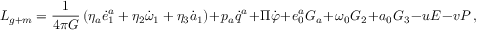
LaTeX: { \cal L } _ { g + m } = \frac { 1 } { 4 \pi G } \left( \eta _ { a } \dot { e } _ { 1 } ^ { a } + \eta _ { 2 } \dot { \omega } _ { 1 } + \eta _ { 3 } \dot { a } _ { 1 } \right) + p _ { a } \dot { q } ^ { a } + \Pi \dot { \varphi } + e _ { 0 } ^ { a } G _ { a } + \omega _ { 0 } G _ { 2 } + a _ { 0 } G _ { 3 } - u { \cal E } - v { \cal P } \, ,